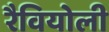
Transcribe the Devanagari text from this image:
रैवियोली